King Institute of Preventive Medicine Bacteriolog. Section reports 1907-08
Year: 1907
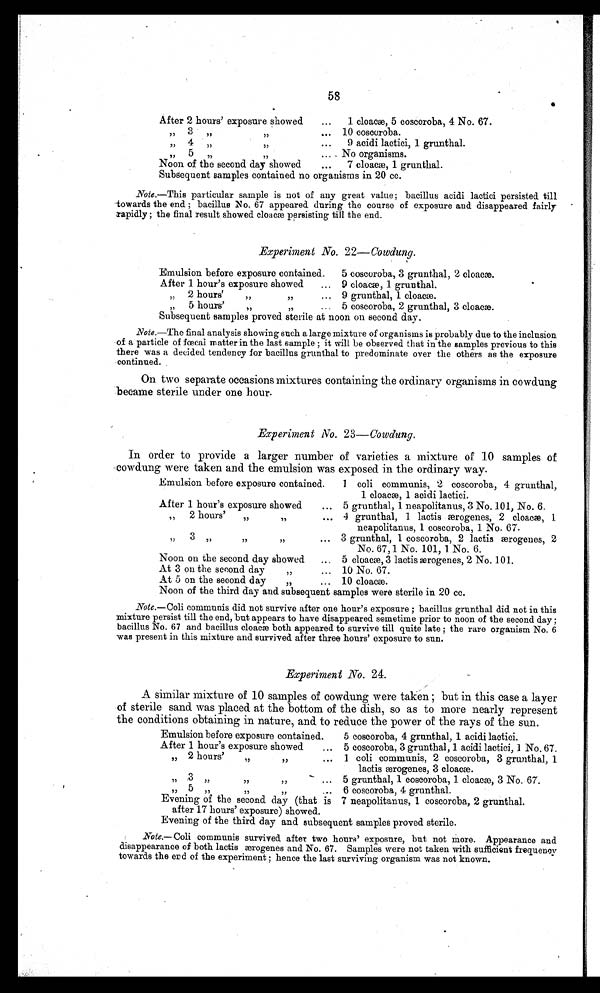
58
•
After 2 hours' exposure showed
...
1 cloacae, 5 coscoroba, 4 No. 67.
,, 3 . ,, ,, ... 10 coscoroba.
9 acidi lactici, 1 grunthal.
,,
4
,, ...
,, 5 ,, ,, ... - No organisms.
Noon of the second day showed
••• 7 cloacæ, 1 grunthal.
Subsequent samples contained no organisms in 20 cc.
Note.—This particular sample is not of any great value ; bacillus acidi lactici persisted till
towards the end; bacillus No. 67 appeared during the course of exposure and disappeared fairly
rapidly ; the final result showed cloacæ persisting till the end.
•
Experiment No. 22—Cowdung.
Emulsion before exposure contained.
5 coscoroba, 3 grunthal, 2 cloacæ.
.
After 1 hour's exposure showed
... 9 cloacæ, 1 grunthal.
„ 2 hours'
,,
,,
... 9 grunthal, 1 cloacæ.
„ 5 hours'
,,
,,
... 5 coscoroba, 2 grunthal, 3 cloacæ.
Subsequent samples proved sterile at noon on second day.
Note.—The final analysis showing such a large mixture of organisms is probably due to the inclusion
,
of a particle of faecal matter in the last sample ; it will be observed that in the samples previous to this
there was a decided tendency for bacillus grunthal to predominate over the others as the exposure
continued.
On two separate occasions mixtures containing the ordinary organisms in cowdung
became sterile under one hour.
Experiment No. 23—Cowdung.
,
In order to provide a larger number of varieties a mixture of 10 samples of
cowdung were taken and the emulsion was exposed in the ordinary way.
Emulsion before exposure contained.
l coli communis, 2 coscoroba, 4 grunthal,
1 cloacæ, 1 acidi lactici.
After 1 hour's exposure showed
... 5 grunthal, 1 neapolitanus, 3 No. 101, No. 6.
, ,
2 hours'
,,
........... 4 grunthal, 1 lactis æmrogenes, 2 cloacæ), 1
neapolitanus, 1 coscoroba, 1 No. 67.
3
, ,
3
,,
,,
,,
... 3 grunthal, 1 coscoroba, 2 lactis æxrogenes, 2
No. 67, 1 No. 101, 1 No. 6.
Noon on the second day showed
... 5 cloacæ, 3 lactis ærogenes, 2 No. 101.
At 3 on the second day10 No. 67.
At 5 on the second day
,,
... 10 cloaca.
Noon of the third day and subsequent samples were sterile in 20 cc.
Note.—Coli communis did not survive after one hour's exposure ; bacillus grunthal did not in this
mixture persist till the end, but appears to have disappeared sometime prior to noon of the second day ;
bacillus No, 67 and bacillus cloacm both appeared to survive till quite late ; the rare organism No. 6
was present in this mixture and survived after three hours' exposure to sun.
.Experiment No. 24.
.
A similar mixture of 10 samples of cowdung were taken ; but in this case a layer
of sterile sand was placed at the bottom of the dish, so as to more nearly represent
the conditions obtaining in nature, and to reduce the power of the rays of the sun.
Emulsion before exposure contained.
5 coscoroba, 4 grunthal, 1 acidi lactici.
After 1 hour's exposure showed
... 5 coscoroba, 3 grunthal, 1 acidi lactici, 1 No. 67.
,,
2 hours
,,...
1 coli communis, 2 coscoroba, 3 grunthal, 1
lactis æmrogenes, 3 cloacæ.
3
)1
... 5 grunthal, 1 coscoroba, 1 cloacæ, 3 No. 67.
, ,
, ,
7 3
5
, ,
,,
,,
,,
... 6 coscoroba, 4 grunthal.
Evening of the second day (that is 7 neapolitanus, 1 coscoroba, 2 grunthal.
after 17 hours' exposure) showed.
Evening of the third day and subsequent samples proved sterile.
Note.—Coli survived after two hours' exposure, but not more. Appearance and
disappearance of both lactis ænrogenes and No. 67. Samples were not taken with sufficient frequency
towards the end of the experiment ; hence the last surviving organism was not known.
.
.